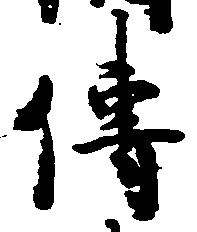
伝